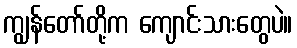
ကျွန်တော်တို့က ကျောင်းသားတွေပဲ။